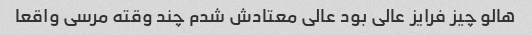
هالو چیز فرایز عالی بود عالی معتادش شدم چند وقته مرسی واقعا